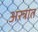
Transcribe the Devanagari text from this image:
अस्त्रात